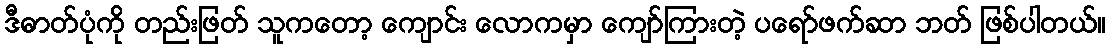
ဒီဓာတ်ပုံကို တည်းဖြတ် သူကတော့ ကျောင်း လောကမှာ ကျော်ကြားတဲ့ ပရော်ဖက်ဆာ ဘတ် ဖြစ်ပါတယ်။